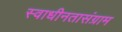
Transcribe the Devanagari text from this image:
स्वाधीनतासंग्राम